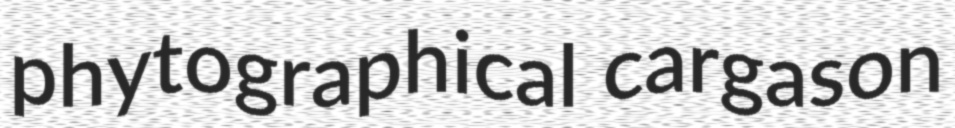
phytographical cargason